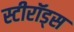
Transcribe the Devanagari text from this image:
स्टीरॉड्स